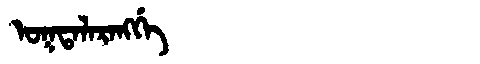
Manchu: ᠣᡴᡨᠠᠯᠠᡵᠠᠩᡤᡝ
Romanization: OKTALARANGGE